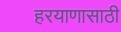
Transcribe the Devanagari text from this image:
हरयाणासाठी